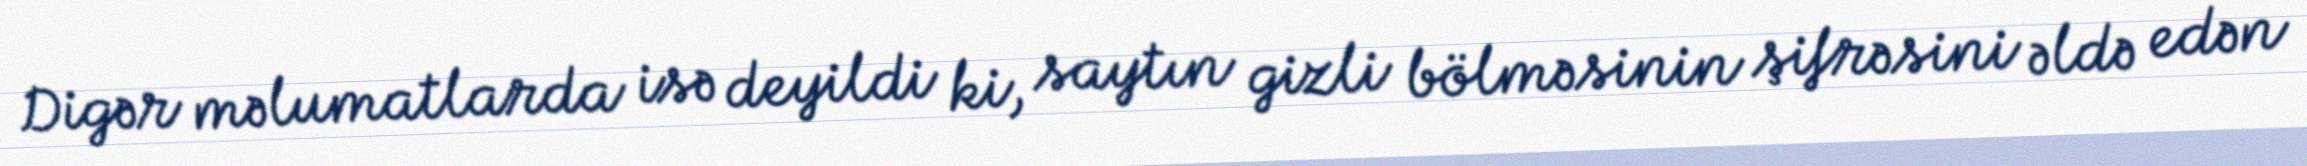
Digər məlumatlarda isə deyildi ki, saytın gizli bölməsinin şifrəsini əldə edən